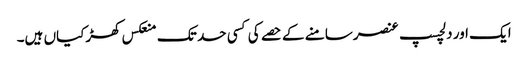
ایک اور دلچسپ عنصرسامنے کے حصے کی کسی حد تک منعکس کھڑکیاں ہیں۔